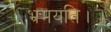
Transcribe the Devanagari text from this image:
भ्रमयति।।